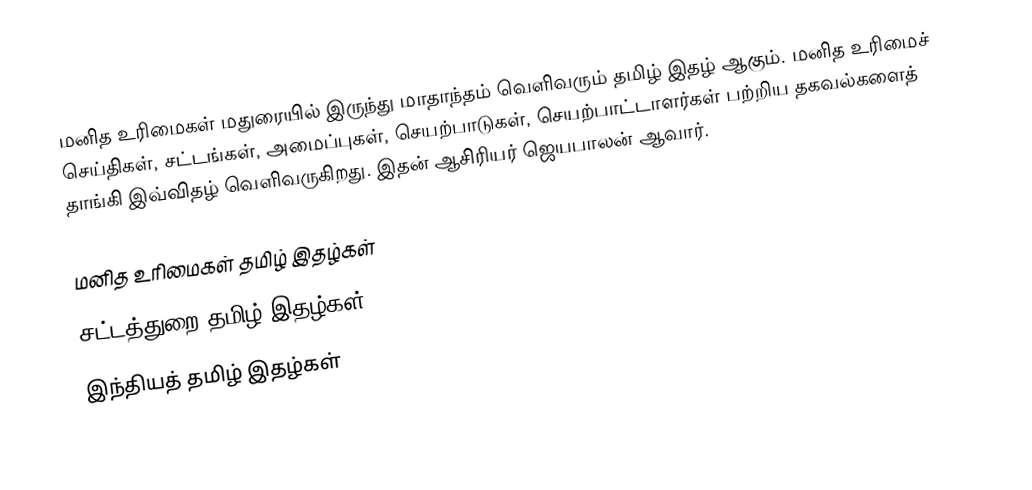
மனித உரிமைகள் மதுரையில் இருந்து மாதாந்தம் வெளிவரும் தமிழ் இதழ் ஆகும்.  மனித உரிமைச் செய்திகள், சட்டங்கள், அமைப்புகள், செயற்பாடுகள், செயற்பாட்டாளர்கள் பற்றிய தகவல்களைத் தாங்கி இவ்விதழ் வெளிவருகிறது.  இதன் ஆசிரியர் ஜெயபாலன் ஆவார்.

மனித உரிமைகள் தமிழ் இதழ்கள்
சட்டத்துறை தமிழ் இதழ்கள்
இந்தியத் தமிழ் இதழ்கள்